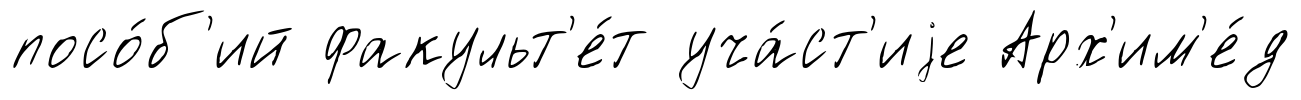
посо́б'ий факульт'е́т уча́ст'иjе Арх'им'е́д